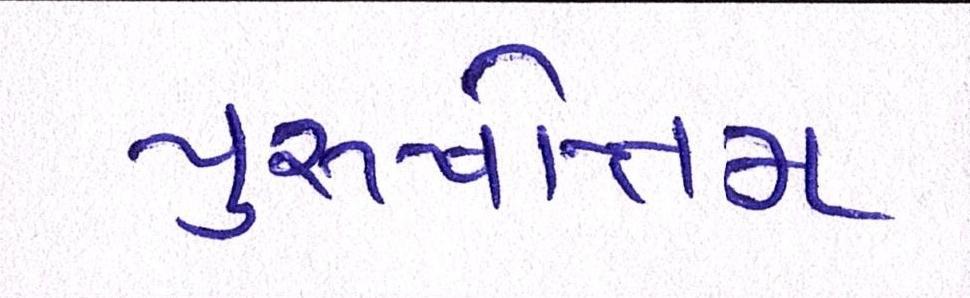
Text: પુરુષોત્તમ